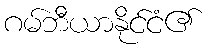
ဂမ်ဘီယာနိုင်ငံ၏